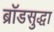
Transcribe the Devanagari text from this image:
ब्रॉडसुद्धा